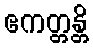
ဧကတ္တန္တိ